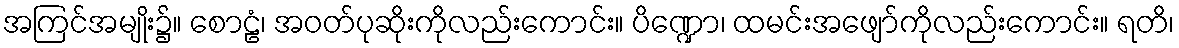
အကြင်အမျိုး၌။ စောဠံ၊ အဝတ်ပုဆိုးကိုလည်းကောင်း။ ပိဏ္ဍော၊ ထမင်းအဖျော်ကိုလည်းကောင်း။ ရတိ၊